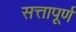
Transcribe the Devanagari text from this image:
सत्तापूर्ण